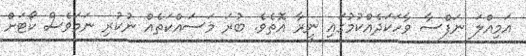
އަމިއްލަ ނަފްސާ ވާހަކަދެއްކުމުގައި ނީރާ އޮތެވެ. ބުރަ މަސައްކަތެއް ނުކުރި ނަމަވެސް ކޯޓަށް